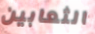
الثعابين